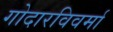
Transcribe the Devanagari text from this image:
गोदारविवर्मा